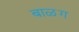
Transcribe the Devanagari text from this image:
बाळग